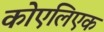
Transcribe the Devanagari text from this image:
कोएलिएक